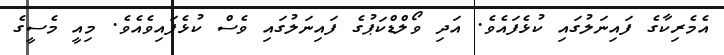
އެމެރިކާގެ ފައިނަލުގައި ކުޅެފައެވެ. އަދި ވޯލްޑްކަޕުގެ ފައިނަލުގައި ވެސް ކުޅެފައިވެއެވެ. މިއީ މެސީގެ